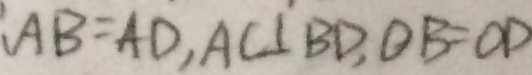
A B = A D , A C \bot B D , O B = O D